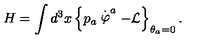
H = \int d ^ { 3 } x \left\{ p _ { a } \stackrel { . } { \varphi } ^ { a } - { \cal L } \right\} _ { \theta _ { a } = 0 } .